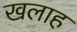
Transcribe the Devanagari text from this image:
खलाह